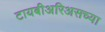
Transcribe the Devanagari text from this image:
टायबीअरिअसच्या